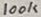
Text: 100K